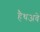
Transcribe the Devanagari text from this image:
हैथअवे